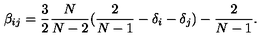
\beta _ { i j } = \frac { 3 } { 2 } \frac { N } { N - 2 } ( \frac { 2 } { N - 1 } - \delta _ { i } - \delta _ { j } ) - \frac { 2 } { N - 1 } .